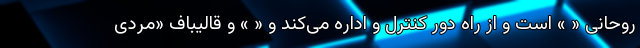
روحانی « » است و از راه دور کنترل و اداره می‌کند و « » و قالیباف «مردی